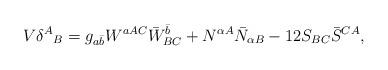
LaTeX: \begin{align*}V \delta^A{}_B = g_{a \bar{b}}W^{aAC}\bar{W}^{\bar{b}}_{BC} + N^{\alpha A}\bar{N}_{\alpha B} - 12 S_{BC}\bar{S}^{CA},\end{align*}